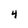
Character: 4